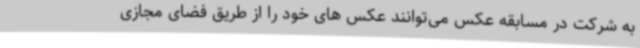
به شرکت در مسابقه عکس می‌توانند عکس های خود را از طریق فضای مجازی